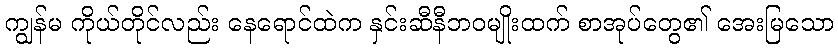
ကျွန်မ ကိုယ်တိုင်လည်း နေရောင်ထဲက နှင်းဆီနီဘဝမျိုးထက် စာအုပ်တွေ၏ အေးမြသော